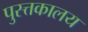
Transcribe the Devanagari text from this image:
पुस्त्तकालय